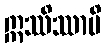
ဣဿိဿာမိ